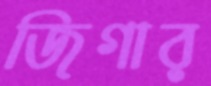
জিগার